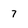
Character: 7